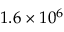
1 . 6 \times 1 0 ^ { 6 }